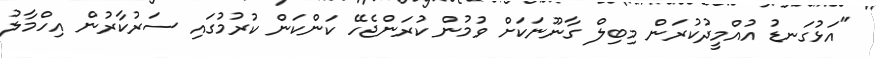
"އަޅުގަނޑު އުއްމީދުކުރަން މިބިލް ގާނޫނަކަށް ވުމުން ކުރަންޖެހޭ ކަންކަން ކުރުމުގައި ސަރުކާރުން އިހްމާލު